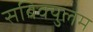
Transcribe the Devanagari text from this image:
सबिक्युलम